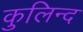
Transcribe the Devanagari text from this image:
कुलिन्द